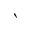
\backprime